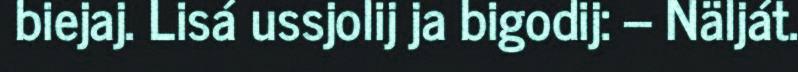
biejaj. Lisá ussjolij ja bigodij: – Nälját.